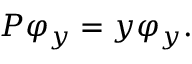
P \varphi _ { y } = y \varphi _ { y } .